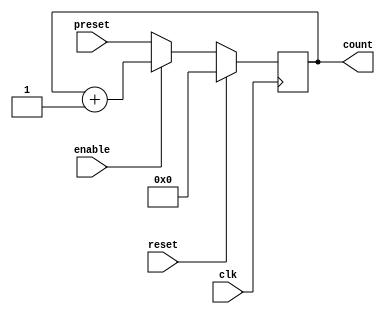
module Counter (
    input wire clk,
    input wire reset,
    input wire enable,
    input wire [7:0] preset,
    output reg [7:0] count
);

always @(posedge clk) begin
    if (reset) begin
        count <= 8'b00000000;
    end else if (enable) begin
        count <= count + 1;
    end else begin
        count <= preset;
    end
end

endmodule